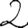
Digit: 2